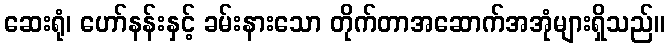
ဆေးရုံ၊ ဟော်နန်းနှင့် ခမ်းနားသော တိုက်တာအဆောက်အအုံများရှိသည်။